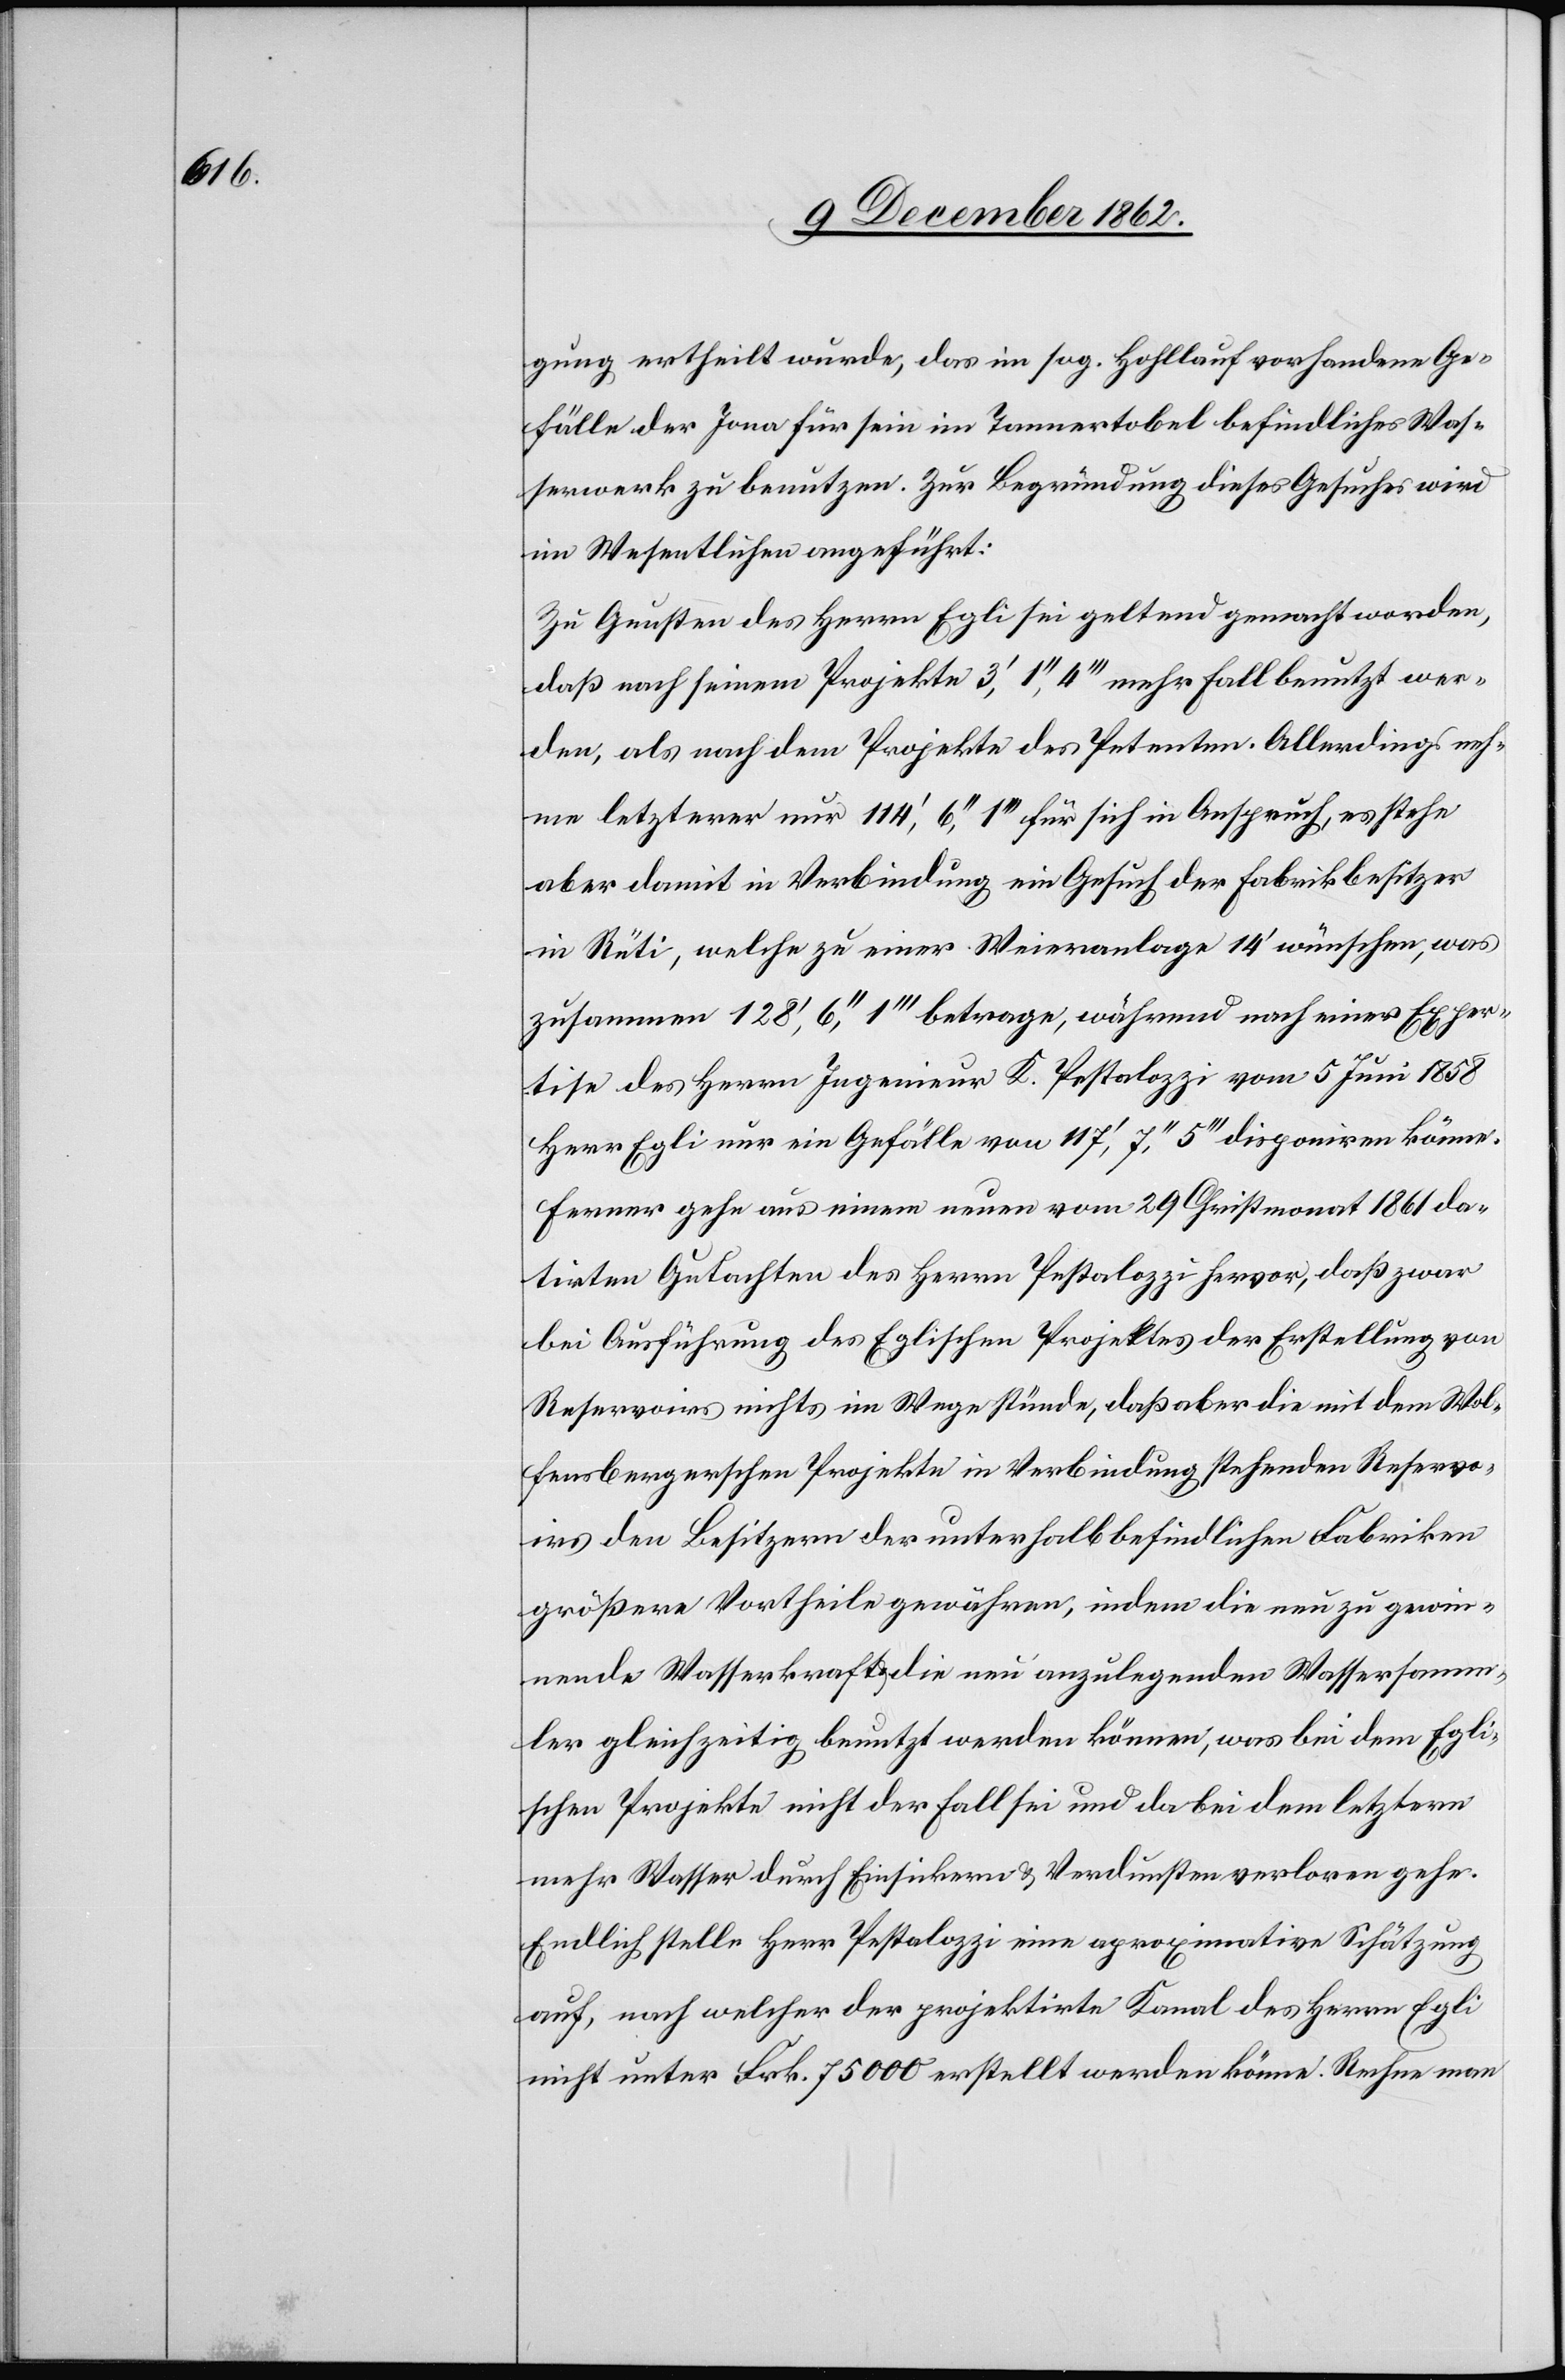
gung ertheilt wurde, das im sog. Hohllauf vorhandene Ge¬
fälle der Jona für sein im Tannertobel befindliches Was¬
serwerk zu benutzen. Zur Begründung dieses Gesuches wird
im Wesentlichen angeführt:
Zu Gunsten des Herrn Egli sei geltend gemacht worden,
daß nach einem Projekte 3’,1’’,4’’’ mehr Fall benutzt wer¬
den, als nach dem Projekte des Petenten. Allerdings neh¬
me letzterer nur 114’,6’’,1’’’ für sich in Anspruch, es stehe
aber damit in Verbindung ein Gesuch der Fabrikbesitzer
in Rüti, welche zu einer Weieranlage 14’ wünschen, was
zusammen 128’,6’’,1’’’ betrage, während nach einer Exper¬
tise des Herrn Ingenieur K. Pestalozzi vom 5. Juni 1858
Herr Egli nur ein Gefälle von 117’,7’’,5’’’ disponiren könne.
Ferner gehe aus einem neuen vom 29. Christmonat 1861 da¬
tirten Gutachten des Herrn Pestalozzi hervor, daß zwar
bei Ausführung des Eglischen Projektes der Erstellung von
Reservoirs nichts im Wege stünde, daß aber die mit dem Wol¬
fensbergerschen Projekte in Verbindung stehenden Reservo¬
irs den Besitzern der unterhalb befindlichen Fabriken
größere Vortheile gewähren, indem die neu zu gewin¬
nende Wasserkraft die neu anzulegenden Wassersamm¬
ler gleichzeitig benutzt werden können, was bei dem Egli¬
schen Projekte nicht der Fall sei und da bei dem letztern
mehr Wasser durch Einsickern u. Verdunsten verloren gehe.
Endlich stelle Herr Pestalozzi eine aproximative Schätzung
auf, nach welcher der projektirte Kanal des Herrn Egli
nicht unter Frk. 75 000 erstellt werden könne. Rechne man